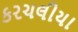
કરચલીયા